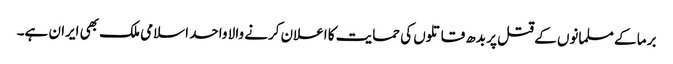
برما کے مسلمانوں کے قتل پر بدھ قاتلوں کی حمایت کا اعلان کرنے والا واحد اسلامی ملک بھی ایران ہے۔